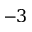
- 3